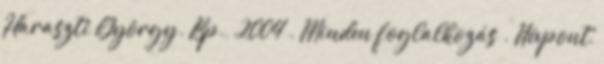
Haraszti György. Bp., 2004 . Minden foglalkozás . Névpont,